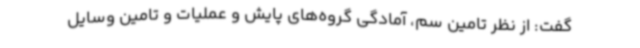
گفت: از نظر تامین سم، آمادگی گروه‌های پایش و عملیات و تامین وسایل